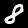
Digit: 8